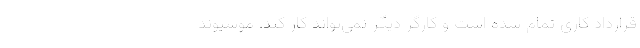
قرارداد کاری تمام شده است و کارگر دیگر نمی‌تواند کار کند. موسیوند